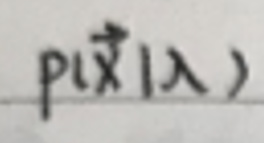
$p(\vec{x}|\lambda)$